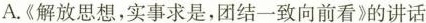
A.《解放思想，实事求是，团结一致向前看》的讲话